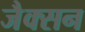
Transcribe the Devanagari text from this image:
जैक्‍सन